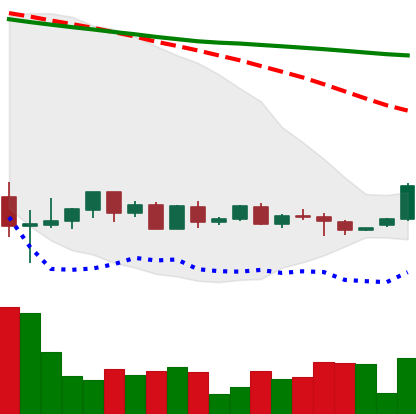
Ticker: BTC-USD
Chart end date: 2022-05-30
Forward return: -5.968%
Label: down_5_7